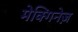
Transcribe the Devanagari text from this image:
मेक्गिनेज़